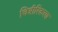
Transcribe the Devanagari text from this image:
चित्रीरिकरण